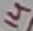
Text: 14